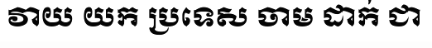
វាយ យក ប្រទេស ចាម ដាក់ ជា